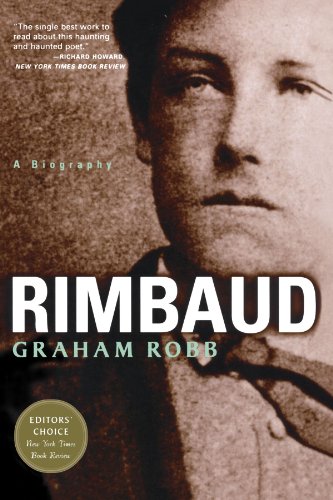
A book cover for Rimbaud: A Biography; Graham Robb; Gay & Lesbian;